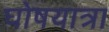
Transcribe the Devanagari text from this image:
घोषयात्रा